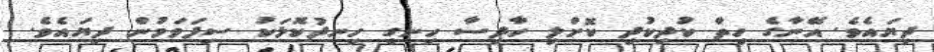
ދިޔައެވެ. އޭނާގެ ހިތް ކުދިކުދި ކޮށްލި ހާދިސާ ހިނގި ހިނދުކޮޅަކު ސިފަވަމުން ދިޔައެވެ.